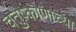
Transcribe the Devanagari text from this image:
चतुष्कोणाच्या